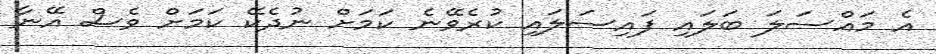
އެ މައްސަލަ ބަލައި ފައިސަލައި ކުރެވޭނެ ކަމަށް ނުދެކޭ ކަމަށް ވެސް އޭނާ